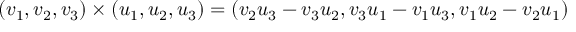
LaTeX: ( v _ { 1 } , v _ { 2 } , v _ { 3 } ) \times ( u _ { 1 } , u _ { 2 } , u _ { 3 } ) = ( v _ { 2 } u _ { 3 } - v _ { 3 } u _ { 2 } , v _ { 3 } u _ { 1 } - v _ { 1 } u _ { 3 } , v _ { 1 } u _ { 2 } - v _ { 2 } u _ { 1 } )